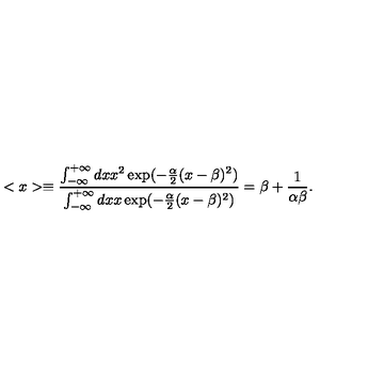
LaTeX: < x > \equiv \frac { \int _ { - \infty } ^ { + \infty } d x x ^ { 2 } \exp ( - \frac { \alpha } { 2 } ( x - \beta ) ^ { 2 } ) } { \int _ { - \infty } ^ { + \infty } d x x \exp ( - \frac { \alpha } { 2 } ( x - \beta ) ^ { 2 } ) } = \beta + \frac { 1 } { \alpha \beta } .